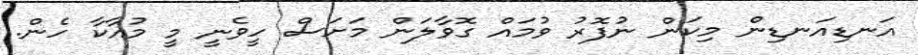
އަނޑިއަނޑިން މިކަން ނުފޮރު ވުމައް ގޮވާލަން މަށަސް ހީވެނީ މީ މުއާކާ ހެން.